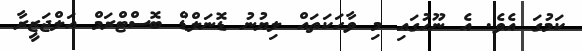
ކަމުގަ އެވެ. އެ ނޫހުގައި މި ވާހަކަތައް ލިޔުނު ޑޮނަލްޑް ބޮސްޓްރަމް އަލްޖަޒީރާ